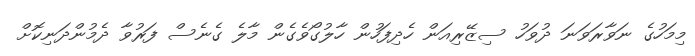
މިމަހުގެ ނަވާރަވަނަ ދުވަހު ސިޒޭރިއަން ހެދިފަހުން ހާލުގޯވެގެން މާލެ ގެނެސް ފަރުވާ ދެމުންދަނިކޮށް